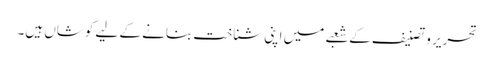
تحریر و تصنیف کے شعبے میں اپنی شناخت بنانے کے لیے کوشاں ہیں۔